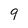
Character: 9